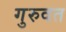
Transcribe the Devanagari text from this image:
गुरुवत